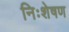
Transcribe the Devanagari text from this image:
निःशेषण